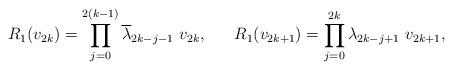
LaTeX: \begin{align*} R_1(v_{2k})=\prod_{j=0}^{2(k-1)} {\overline \lambda}_{2k-j-1} ~v_{2k},~~~~~R_1(v_{2k+1})=\prod_{j=0}^{2k} \lambda_{2k-j+1} ~v_{2k+1}, \end{align*}